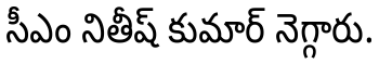
సీఎం నితీష్ కుమార్ నెగ్గారు.